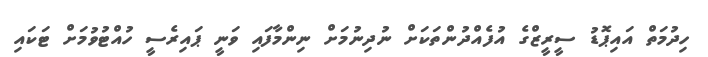
ހިދުމަތް އައިޕޮޑު ސީރީޒްގެ އުފެއްދުންތަކަށް ނުދިނުމަށް ނިންމާފައި ވަނީ ޕައިރެސީ ހުއްޓުވުމަށް ޓަކައި